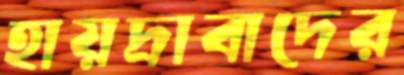
হায়দ্রাবাদের